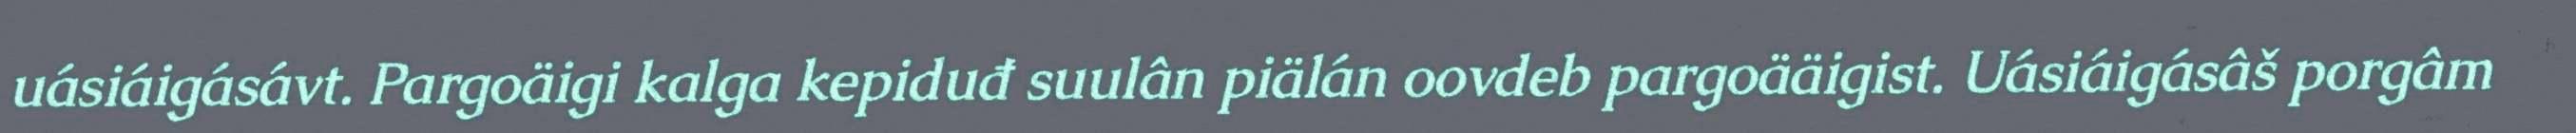
uásiáigásávt. Pargoäigi kalga kepiduđ suulân piälán oovdeb pargoääigist. Uásiáigásâš porgâm